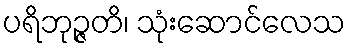
ပရိဘုဉ္ဇတိ၊ သုံးဆောင်လေသ